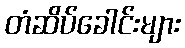
တံဆိပ်ခေါင်းများ